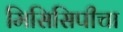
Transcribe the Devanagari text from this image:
मिसिसिपीचा